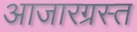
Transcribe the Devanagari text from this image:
आजारग्रस्त